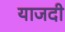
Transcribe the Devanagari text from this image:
याजदी